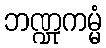
ဘဏ္ဍုကမ္မံ